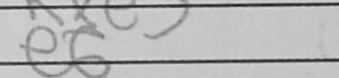
Transcription: e6